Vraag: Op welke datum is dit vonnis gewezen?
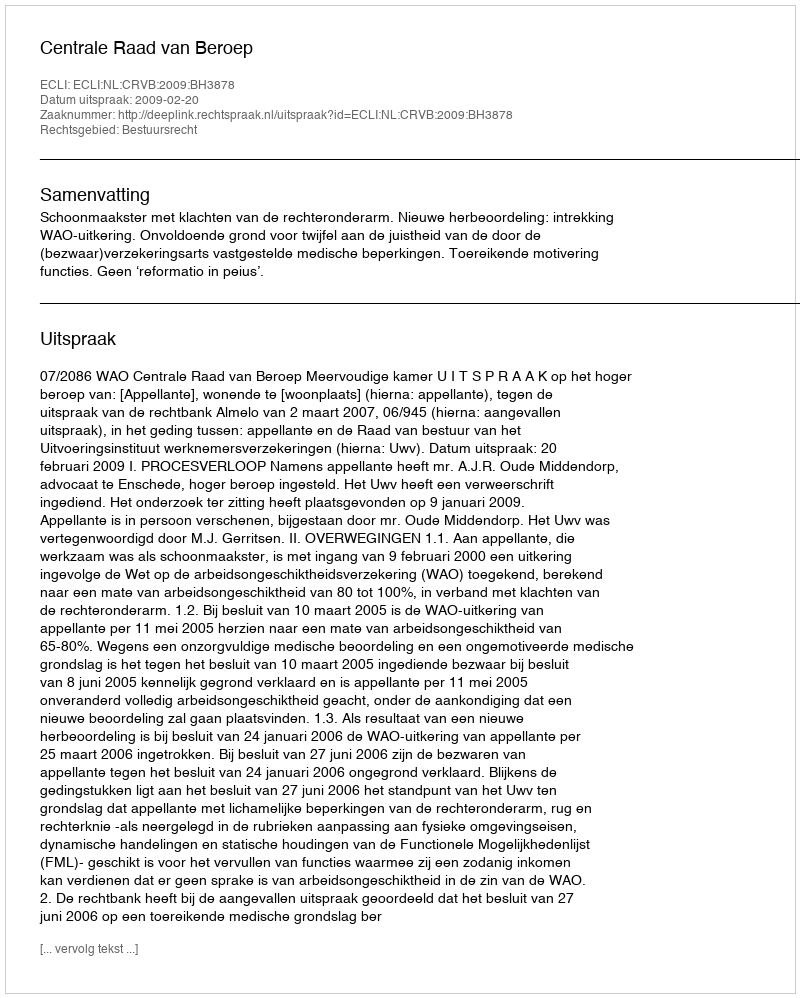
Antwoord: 2009-02-20